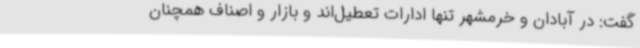
گفت: در آبادان و خرمشهر تنها ادارات تعطیل‌اند و بازار و اصناف همچنان